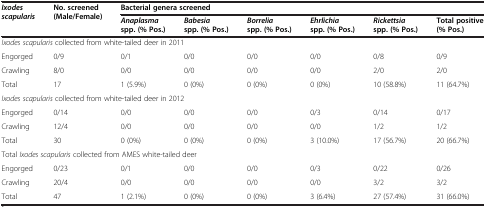
<table><thead><tr><td rowspan="2"><b><i>Ixodes scapularis</i></b></td><td rowspan="2"><b>No. screened (Male/Female)</b></td><td colspan="6"><b>Bacterial genera screened</b></td></tr><tr><td><b><i>Anaplasma</i>spp. (% Pos.)</b></td><td><b><i>Babesia</i>spp. (% Pos.)</b></td><td><b><i>Borrelia</i>spp. (% Pos.)</b></td><td><b><i>Ehrlichia</i>spp. (% Pos.)</b></td><td><b><i>Rickettsia</i>spp. (% Pos.)</b></td><td><b>Total positive(% Pos.)</b></td></tr></thead><tbody><tr><td colspan="8"><i>Ixodes scapularis</i> collected from white-tailed deer in 2011</td></tr><tr><td>Engorged</td><td>0/9</td><td>0/1</td><td>0/0</td><td>0/0</td><td>0/0</td><td>0/8</td><td>0/9</td></tr><tr><td>Crawling</td><td>8/0</td><td>0/0</td><td>0/0</td><td>0/0</td><td>0/0</td><td>2/0</td><td>2/0</td></tr><tr><td>Total</td><td>17</td><td>1 (5.9%)</td><td>0 (0%)</td><td>0 (0%)</td><td>0 (0%)</td><td>10 (58.8%)</td><td>11 (64.7%)</td></tr><tr><td colspan="8"><i>Ixodes scapularis</i> collected from white-tailed deer in 2012</td></tr><tr><td>Engorged</td><td>0/14</td><td>0/0</td><td>0/0</td><td>0/0</td><td>0/3</td><td>0/14</td><td>0/17</td></tr><tr><td>Crawling</td><td>12/4</td><td>0/0</td><td>0/0</td><td>0/0</td><td>0/0</td><td>1/2</td><td>1/2</td></tr><tr><td>Total</td><td>30</td><td>0 (0%)</td><td>0 (0%)</td><td>0 (0%)</td><td>3 (10.0%)</td><td>17 (56.7%)</td><td>20 (66.7%)</td></tr><tr><td colspan="8">Total <i>Ixodes scapularis</i> collected from AMES white-tailed deer</td></tr><tr><td>Engorged</td><td>0/23</td><td>0/1</td><td>0/0</td><td>0/0</td><td>0/3</td><td>0/22</td><td>0/26</td></tr><tr><td>Crawling</td><td>20/4</td><td>0/0</td><td>0/0</td><td>0/0</td><td>0/0</td><td>3/2</td><td>3/2</td></tr><tr><td>Total</td><td>47</td><td>1 (2.1%)</td><td>0 (0%)</td><td>0 (0%)</td><td>3 (6.4%)</td><td>27 (57.4%)</td><td>31 (66.0%)</td></tr></tbody></table>